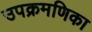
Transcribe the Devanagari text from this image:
उपक्रमणिका